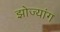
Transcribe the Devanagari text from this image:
झोज्यांग